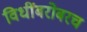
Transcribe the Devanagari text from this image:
विधींबरोबरच